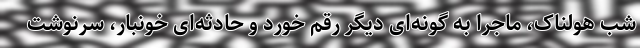
شب هولناک، ماجرا به گونه‌ای دیگر رقم خورد و حادثه‌ای خونبار، سرنوشت